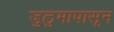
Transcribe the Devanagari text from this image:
जुलुमापासून